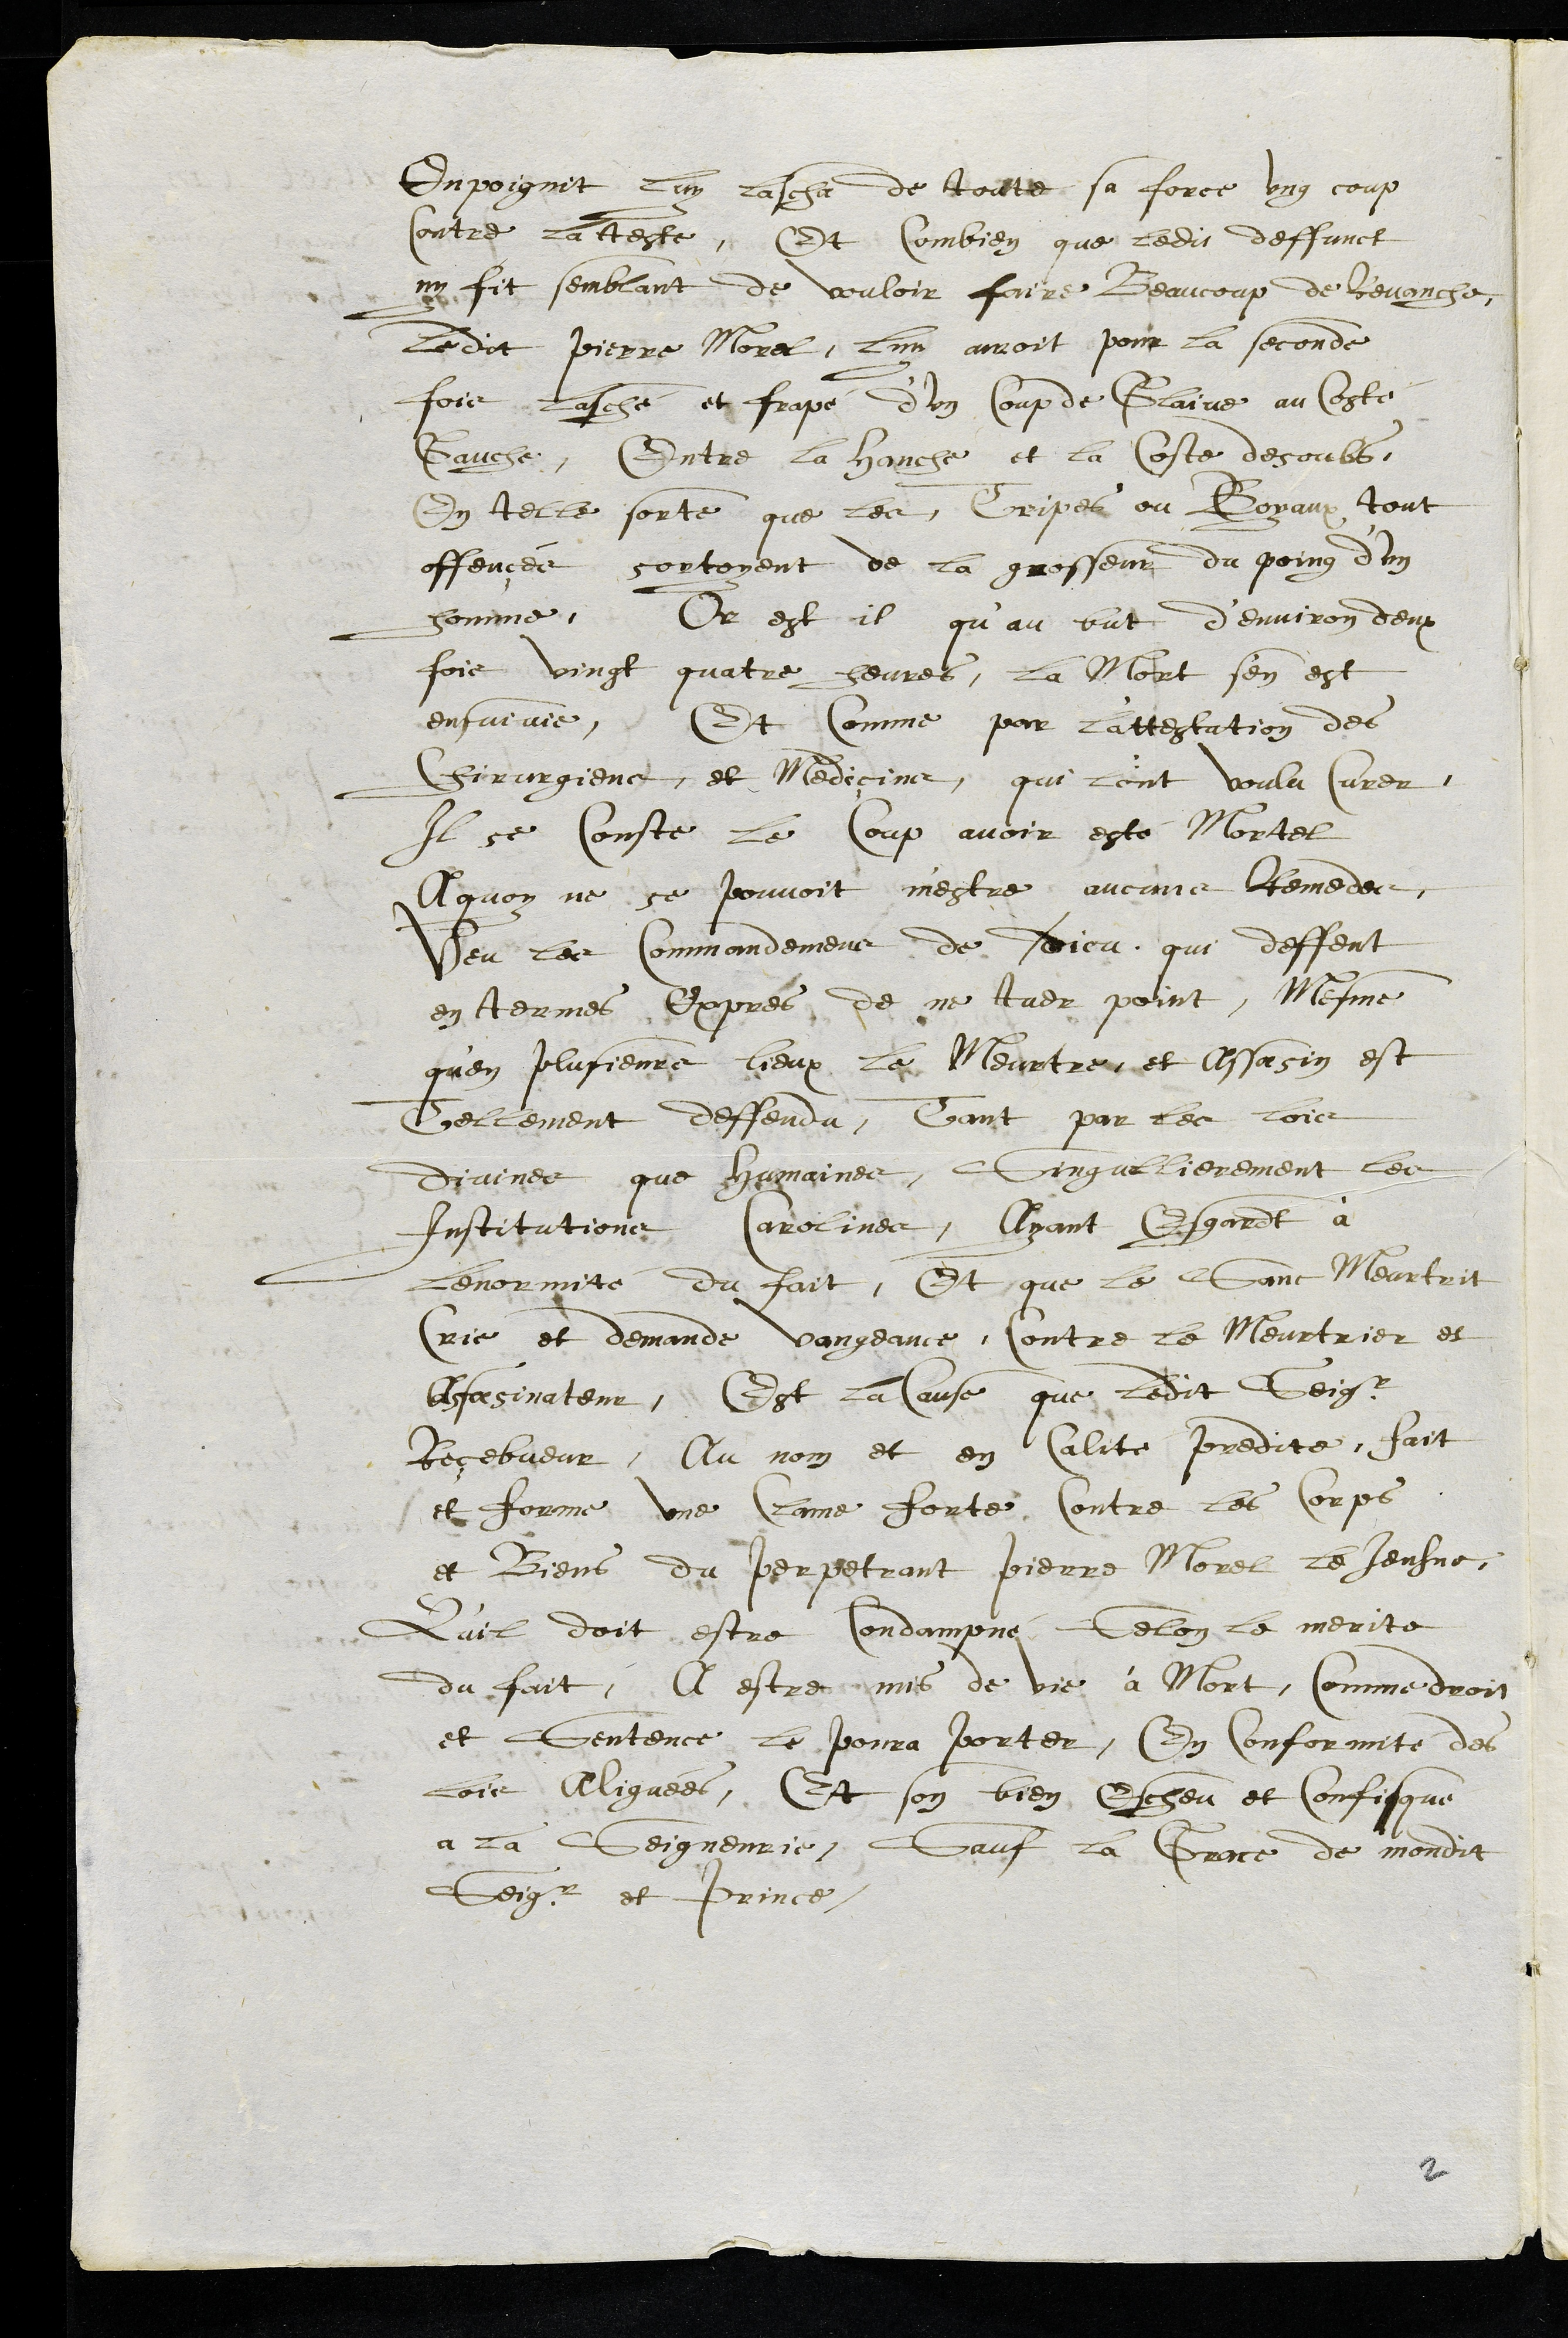
Enpoignit luy lascha de toute sa force ung coup
contre la teste, Et combien que ledit deffunct
ny fit semblant de vouloir faire Beaucoup de Revanche,
ledit Pierre Morel, luy auroit pour la seconde
fois lasché et frapé d’un coup de Glaive au Costé
Gauche, Entre la hanche et la Coste desoubs
En telle sorte que les Tripes ou Boyaux tout
offençés sortoyent de la grosseur du poing d'un
homme, Or est il qu’au but d'environ deux
fois vingt quatre heures, La mort s'en est
ensuivie, Et Comme par l'attestation des
Chirurgiens, et Medicins, qui lont voulu Curer
Il se Conste le Coup avoir esté Mortel
A quoy ne se pouvoit mestre aucuns Remede,
Veu les Commandemens de Dieu, qui deffent
en termes Expres, de ne tuer point, Mesme
qu'en plusieurs lieux la Meurtre et Assasin est
Tellement deffendu, Tant par les lois
divines que humaines, Singulierement les
Institutions Carolines, Ayant Esgardt à
Lenormité du fait, Et que le Sanc Meurtrit
Crie et demande vangeance, Contre le Meurtrier et
Assasinateur, Est la Cause que ledit Seigr
Recebveur, Au nom et en Calité predite, fait
et forme une Clame forte Contre les Corps
et Biens du perpetrant Pierre Morel le Jeusne,
Qu'il doit estre Condampné Selon le merite
du fait, A estre mis de vie à Mort, Comme droit
et Sentence le pourra porter, En Conformité des
lois Alignées, Et son bien Escheu et Confisque
a la Seigneurie, Sauf la Grace de mondit
Seigr et Prince,
2